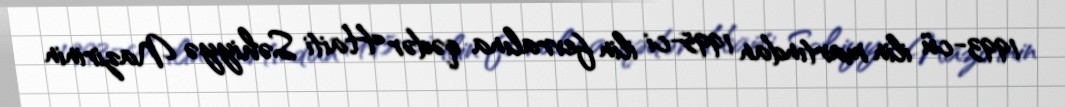
1993-cü ilin martından 1995-ci ilin fevralına qədər Haiti Səhiyyə Nazirinin